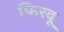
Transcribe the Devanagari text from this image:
फिरवू